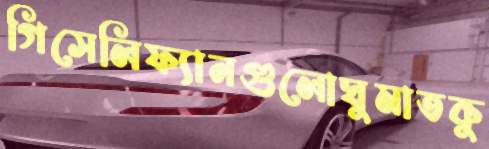
গিসেলিফ্যানগুলোঘুমাতকু